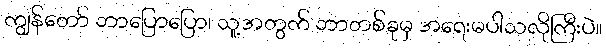
ကျွန်တော် ဘာပြောပြော၊ သူ့အတွက် ဘာတစ်ခုမှ အရေးမပါသလိုကြီးပဲ။